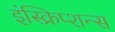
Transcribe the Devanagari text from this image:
इंस्क्रिप्शन्स